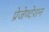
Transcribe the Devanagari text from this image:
प्रेजेण्टेशन